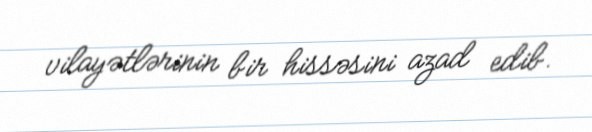
vilayətlərinin bir hissəsini azad edib.